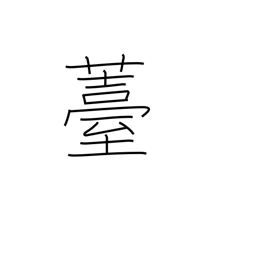
Meaning: seed pod